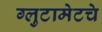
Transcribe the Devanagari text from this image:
ग्लुटामेटचे